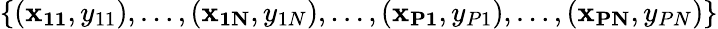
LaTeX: \{ (\mathbf{x_{11}},y_{11}),\dotsc,(\mathbf{x_{1N}},y_{1N}),\dotsc,(\mathbf{x_{P1}},y_{P1}),\dotsc,(\mathbf{x_{PN}},y_{PN})\}